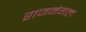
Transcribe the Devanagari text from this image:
राजमंगल